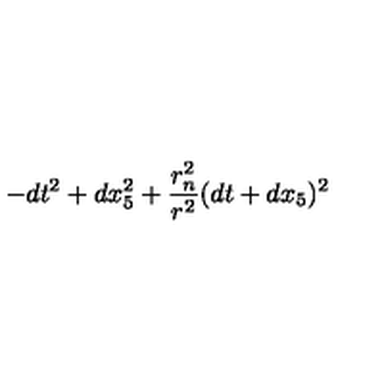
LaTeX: - d t ^ { 2 } + d x _ { 5 } ^ { 2 } + { \frac { r _ { n } ^ { 2 } } { r ^ { 2 } } } ( d t + d x _ { 5 } ) ^ { 2 }